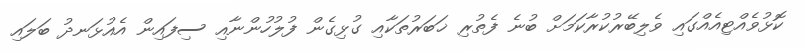
ކޮޅުވެއްޓިއެއްގައި ވެލިބޭރުކުރާކަމަށް ބުނެ ފެތުރި ޚަބަރުތަކާއި ގުޅިގެން ފުލުހުންނާއި ސިފައިން އެއުޅަނދު ބަލައި